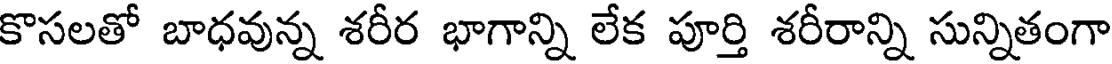
కొసలతో బాధవున్న శరీర భాగాన్ని లేక పూర్తి శరీరాన్ని సున్నితంగా